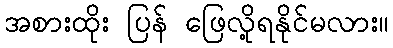
အစားထိုး ပြန် ဖြေလို့ရနိုင်မလား။